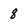
Character: 8